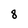
Character: 8